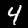
Digit: 4